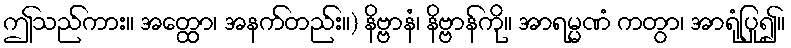
ဤသည်ကား။ အတ္ထော၊ အနက်တည်း။) နိဗ္ဗာနံ၊ နိဗ္ဗာန်ကို။ အာရမ္မဏံ ကတွာ၊ အာရုံပြု၍။